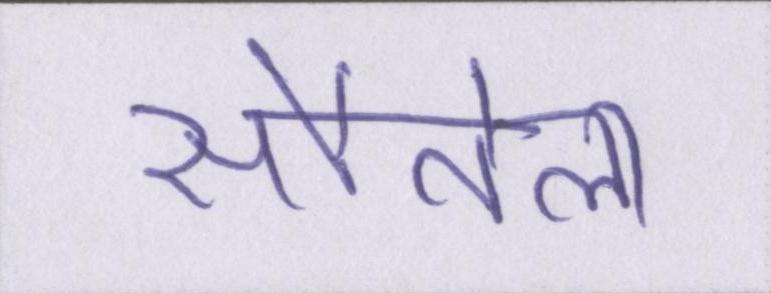
सौतेला